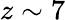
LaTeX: z\sim 7